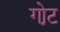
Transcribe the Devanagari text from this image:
गो़ट